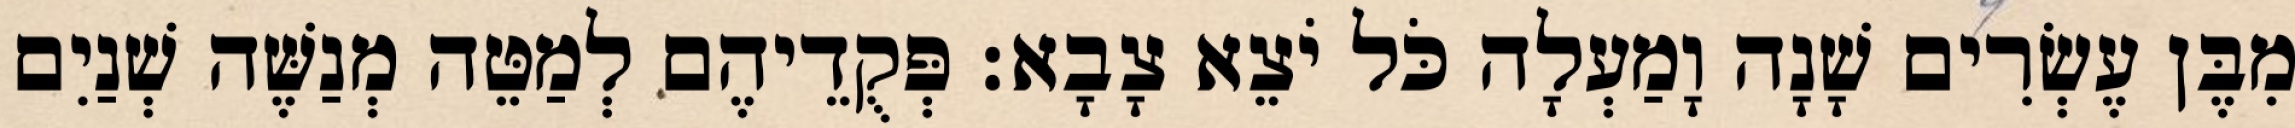
מִבֶּן עֶשְׂרִים שָׁנָה וָמַעְלָה כֹּל יֹצֵא צָבָא׃ פְּקֻדֵיהֶם לְמַטֵּה מְנַשֶּׁה שְׁנַיִם